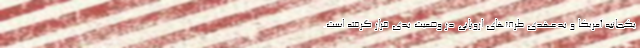
یکجانبه آمریکا و بدعهدی طرف‌های اروپایی در وضعیت بدی قرار گرفته است.